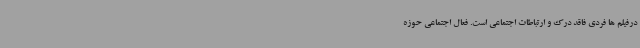
درفیلم ها فردی فاقد درک و ارتباطات اجتماعی است. فعال اجتماعی حوزه